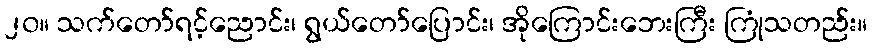
၂၀။ သက်တော်ရင့်ညောင်း၊ ရွယ်တော်ပြောင်း၊ အိုကြောင်းဘေးကြီး ကြုံသတည်း။